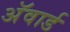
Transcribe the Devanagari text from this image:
अॅवार्ड